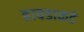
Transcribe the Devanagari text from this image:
हावडाकडे